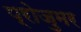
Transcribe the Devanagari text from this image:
प्रोजुमर